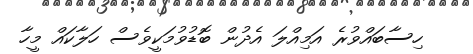
ހިސާބައްވުރެ އަމިއްލަ އެދުން ބޮޑުވުމަކީވެސް ހަލާކައް މީހާ